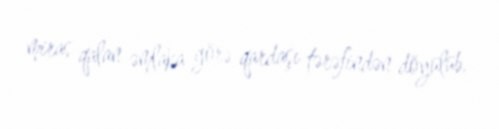
miras qalan əmlaka görə qardaşı tərəfindən döyülüb.